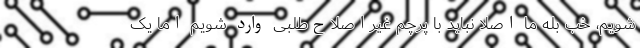
شویم، خب بله ما اصلا نباید با پرچم غیراصلاح‌طلبی وارد شویم اما یک